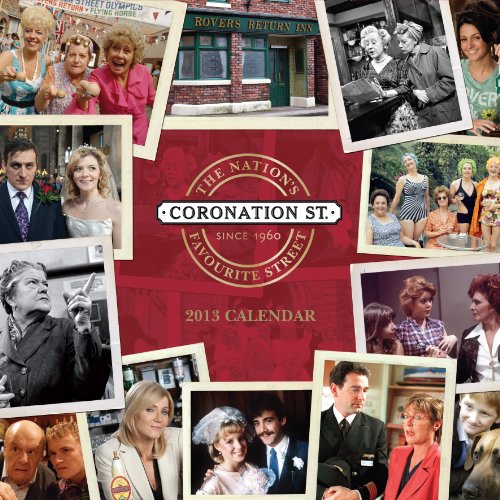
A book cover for Official Coronation Street 2013 Calendar; Calendars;